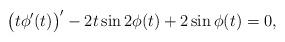
LaTeX: \begin{align*} \big(t\phi'(t)\big)'-2t\sin2\phi(t)+2\sin\phi(t)=0,\end{align*}